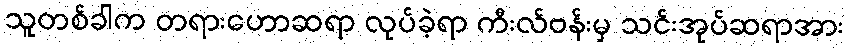
သူတစ်ခါက တရားဟောဆရာ လုပ်ခဲ့ရာ ကီးလ်ဗန်းမှ သင်းအုပ်ဆရာအား